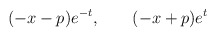
\begin{align*}(-x-p)e^{-t}, \qquad (-x+p)e^t \end{align*}